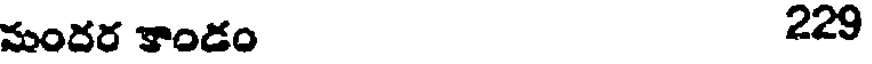
మందర కాండం 229